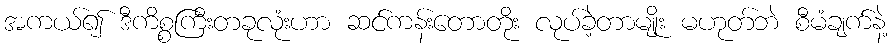
အကယ်၍ ဒီကိစ္စကြီးတခုလုံးဟာ ဆင်ကန်းတောတိုး လုပ်ခဲ့တာမျိုး မဟုတ်ဘဲ စီမံချက်နဲ့